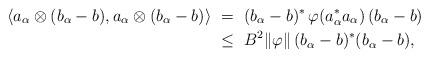
LaTeX: \begin{align*} \langle a_\alpha \otimes (b_\alpha - b), a_\alpha \otimes (b_\alpha - b) \rangle & \ = \ (b_\alpha - b)^* \,\varphi (a_\alpha^* a_\alpha) \,(b_\alpha - b) \\ & \ \leq \ B^2 \|\varphi\| \,(b_\alpha - b)^* (b_\alpha - b),\end{align*}